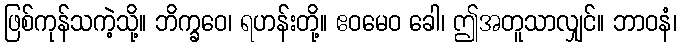
ဖြစ်ကုန်သကဲ့သို့။ ဘိက္ခဝေ၊ ရဟန်းတို့။ ဧဝမေဝ ခေါ၊ ဤအတူသာလျှင်။ ဘာဝနံ၊